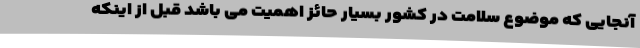
آنجایی که موضوع سلامت در کشور بسیار حائز اهمیت می باشد قبل از اینکه